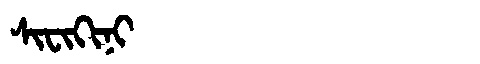
Manchu: ᠰᡳᠸᡳᡴᡳᠨᡳ
Romanization: SIFIKINI